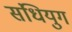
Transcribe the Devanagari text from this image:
संधियुग